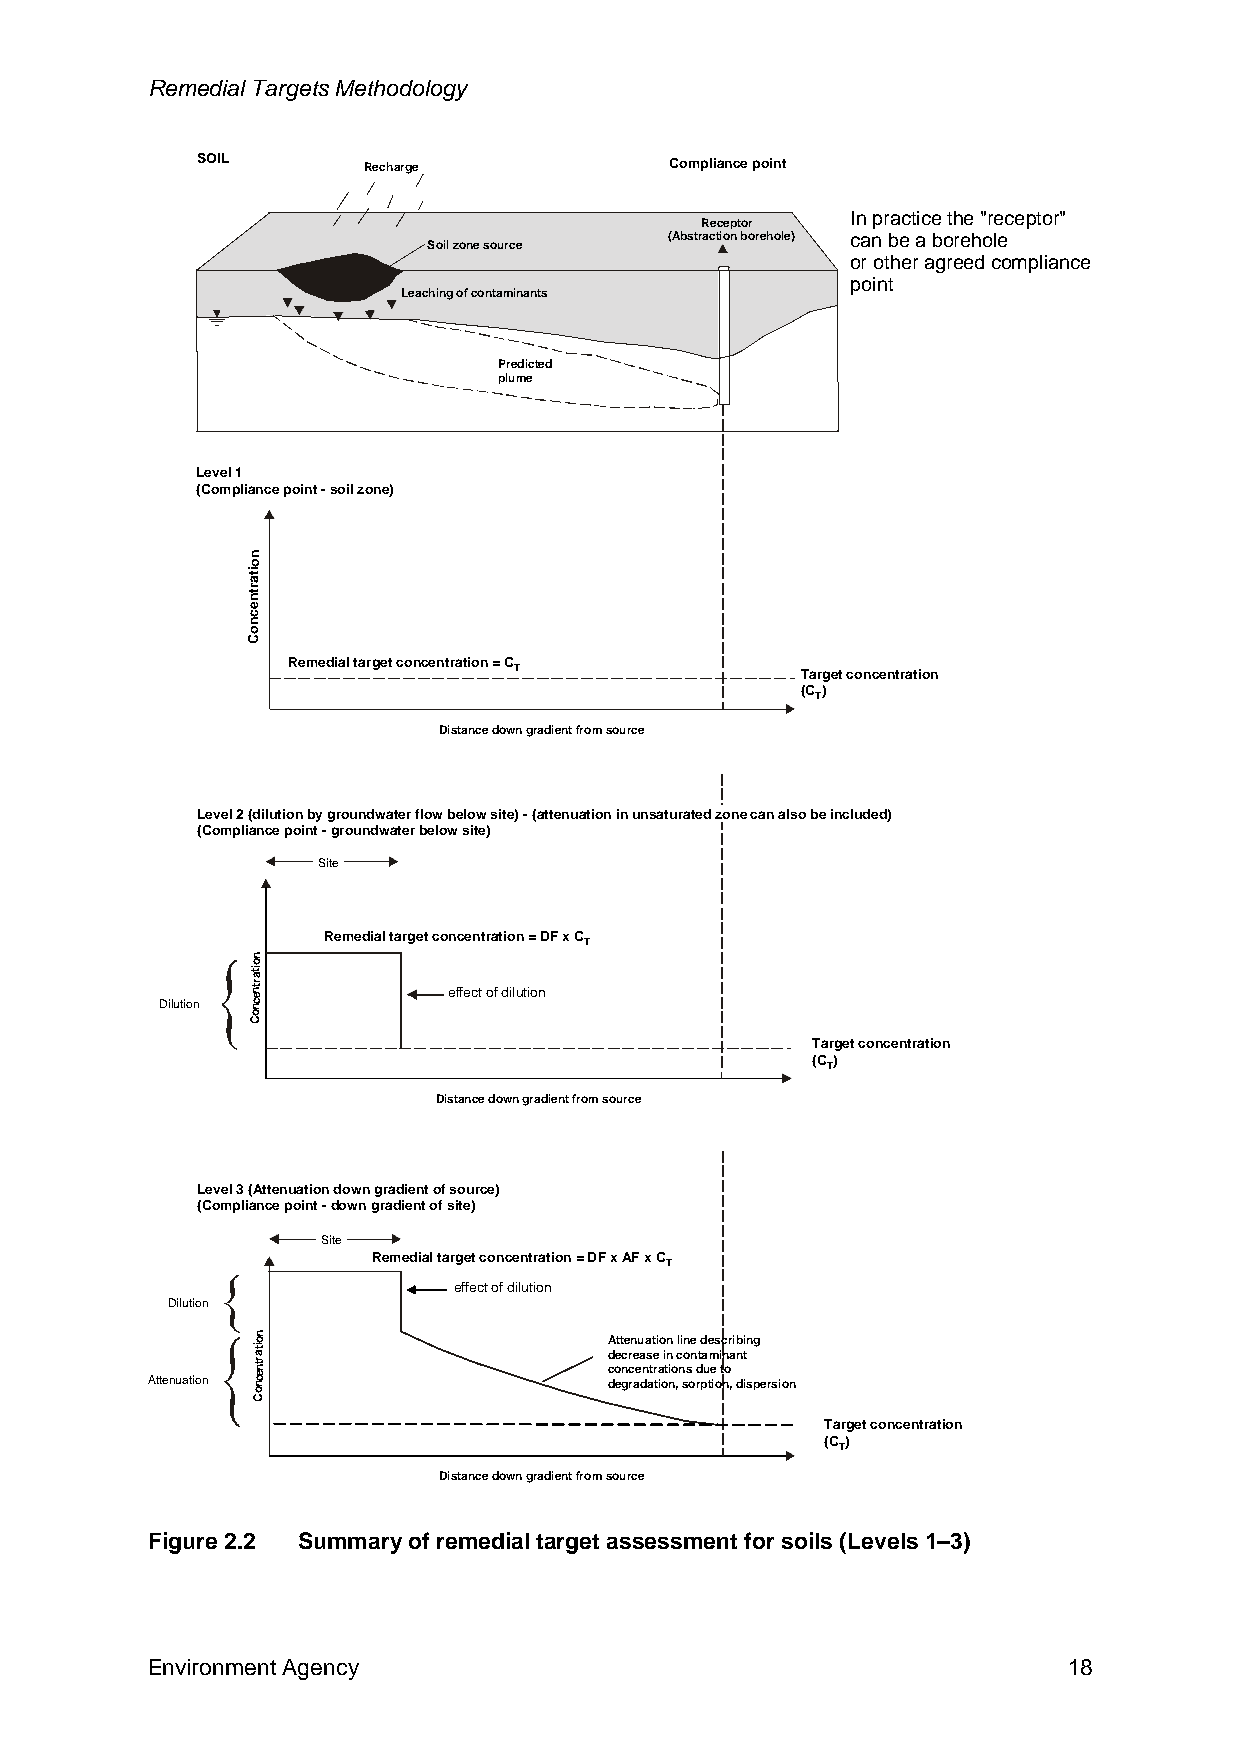
Remedial Targets Methodology
 SOIL       Recharge            Compliance point
 In practice the "receptor"
 Receptor
 (Abstraction borehole) can be a borehole
 Soil zone source
 or other agreed compliance
 point
 Leaching of contaminants
 Predicted
 plume
 Level 1
 (Compliance point -soil zone)
 n
 o
 ait
 ntr
 e
 c
 n
 o
 C
 Remedial target concentration = C
 T                  Target concentration
 (C )
 T
 Distance down gradient from source
 Level 2 (dilution by groundwater flow below site) -(attenuation in unsaturated zone can also be included)
 (Compliance point -groundwater below site)
 Site
 Remedial target concentration = DF x C
 T
 effect of dilution
 Dilution
 Target concentration
 (C )
 T
 Distance down gradient from source
 Level 3 (Attenuation down gradient of source)
 (Compliance point -down gradient of site)
 Site
 Remedial target concentration = DF x AF x C
 T
 effect of dilution
 Dilution
 Attenuation line describing
 decrease in contaminant
 concentrations due to
 Attenuation                   degradation, sorption, dispersion
 Target concentration
 (C)
 T
 Distance down gradient from source
 Figure 2.2 Summary of remedial target assessment for soils (Levels 1–3)
 Environment Agency                                           18
 noitartnecnoC
 noitartnecnoC